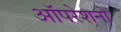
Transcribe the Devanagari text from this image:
ऑपरेशनो